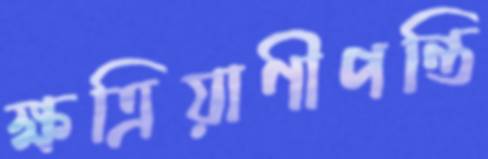
ক্ষত্রিয়াণীপন্তি